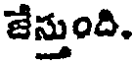
జేస్తుంది.